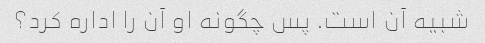
شبیه آن است. پس چگونه او آن را اداره کرد؟